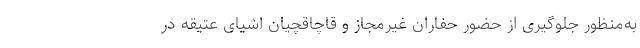
به‌منظور جلوگیری از حضور حفاران غیرمجاز و قاچاقچیان اشیای عتیقه در